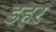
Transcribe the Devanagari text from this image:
डहर